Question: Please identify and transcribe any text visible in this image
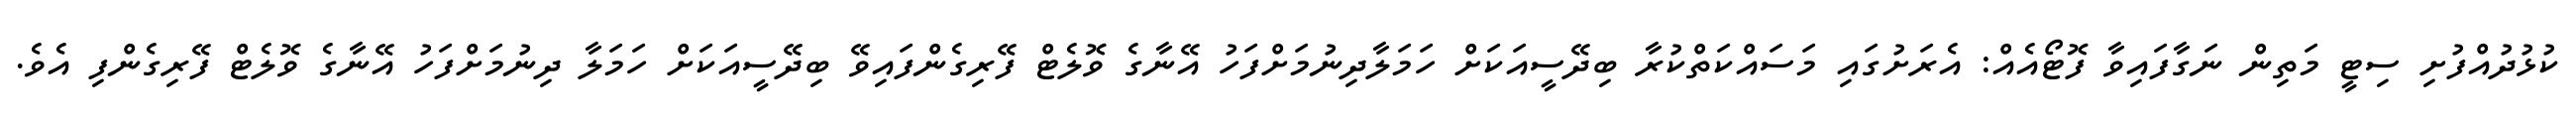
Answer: ކުޅުދުއްފުށި ސިޓީ މަތިން ނަގާފައިވާ ފޮޓޯއެއް: އެރަށުގައި މަސައްކަތްކުރާ ބިދޭސީއަކަށް ހަމަލާދިނުމަށްފަހު އޭނާގެ ވޮލެޓް ފޭރިގެންފައިވޭ ބިދޭސީއަކަށް ހަމަލާ ދިނުމަށްފަހު އޭނާގެ ވޮލެޓް ފޭރިގެންފި އެވެ.